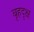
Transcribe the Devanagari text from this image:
बृहदृक्ष